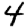
Digit: 4